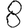
Digit: 8